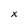
Character: x